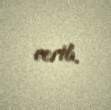
verib.